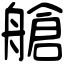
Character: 艙